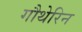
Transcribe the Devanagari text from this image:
गौथेरिन